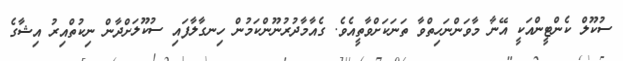
ސުކޫލް ކެންޓީންއަކީ އޭނާ މާވަންނަހިތްވާ ތަނަކަށްވާތީއެވެ. ގެއާމާދުރުނޫންކަމުން ހިނގާލާފައި ސުކޫލަށްދާން ނިކުތްއިރު އިޝާގެ